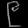
Digit: ၉